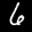
Label: 6